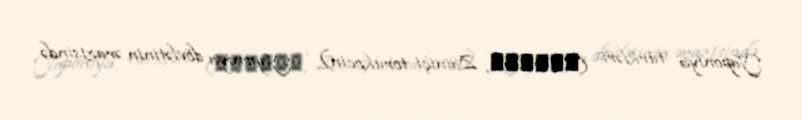
Yaponiya türkləri (在日トルコ人, Zainiçi torukocin) – Yaponiya dövlətinin ərazisində